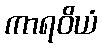
ကာရဝိယံ